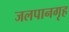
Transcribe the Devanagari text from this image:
जलपानगृह